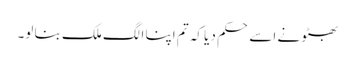
بھٹو نے اسے حکم دیا کہ تم اپنا الگ ملک بنا لو۔